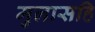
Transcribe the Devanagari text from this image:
मुलासहि